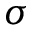
\sigma